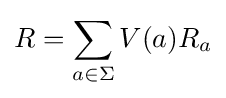
R=\sum _{a\in \Sigma }V(a)R_{a}